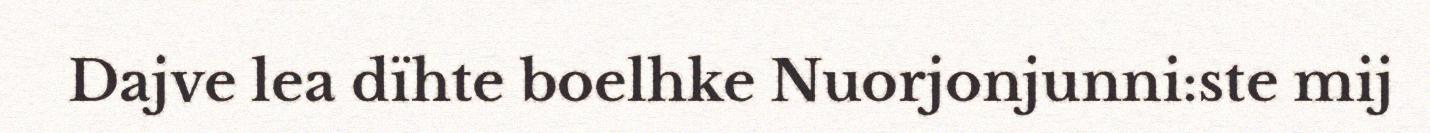
Dajve lea dïhte boelhke Nuorjonjunni:ste mij